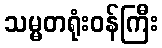
သမ္မတရုံးဝန်ကြီး